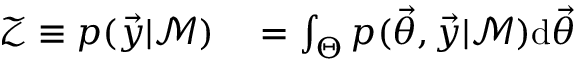
\begin{array} { r l } { \mathcal { Z } \equiv p ( \vec { y } | \mathcal { M } ) } & { { } = \int _ { \Theta } p ( \ensuremath { \vec { \theta } } , \vec { y } | \mathcal { M } ) \mathrm { d } \ensuremath { \vec { \theta } } } \end{array}